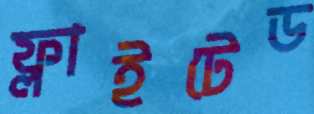
ফ্লাইটেড